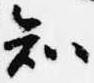
知